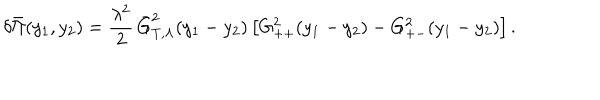
\delta \bar { \Pi } ( y _ { 1 } , y _ { 2 } ) = \frac { \lambda ^ { 2 } } 2 \, \bar { G } _ { T , \Lambda } ^ { 2 } ( y _ { 1 } - y _ { 2 } ) \left[ G _ { + + } ^ { 2 } ( y _ { 1 } - y _ { 2 } ) - G _ { + - } ^ { 2 } ( y _ { 1 } - y _ { 2 } ) \right] .